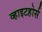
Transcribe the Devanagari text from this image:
व्हाइटहोर्स